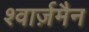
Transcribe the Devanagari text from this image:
श्वार्ज़मैन